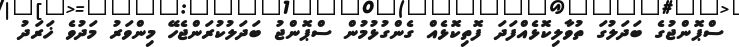
ސްޕޮންޖުގެ ބަދަލުގަ ތުވާލިކޮޅެއްފަދަ ފޮތިކޮޅެއް ގެންގުޅުމުން ސްޕޮންޖު ބަދަލުކުރަންޖެހޭ މިންވަރު މަދުވެ ޚަރަދު